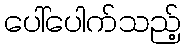
ပေါ်ပေါက်သည့်